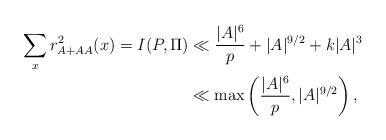
LaTeX: \begin{align*} \sum_x r_{A+AA}^2(x) = I(P,\Pi) &\ll \frac{|A|^6}p + |A|^{9/2} + k |A|^3\\& \ll \max\left(\frac{|A|^6}p, |A|^{9/2}\right),\end{align*}